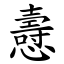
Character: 㦞